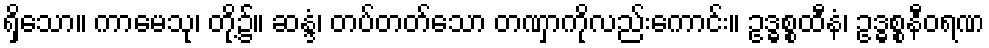
ရှိသော။ ကာမေသု၊ တို့၌။ ဆန္ဒံ၊ တပ်တတ်သော တဏှာကိုလည်းကောင်း။ ဥဒ္ဓစ္စထီနံ၊ ဥဒ္ဓစ္စနီဝရဏ